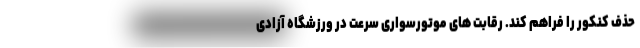
حذف کنکور را فراهم کند. رقابت های موتورسواری سرعت در ورزشگاه آزادی